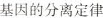
证基因的分离定律